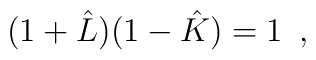
(1+\hat{L}) (1- \hat{K} ) = 1 \,\,\, ,